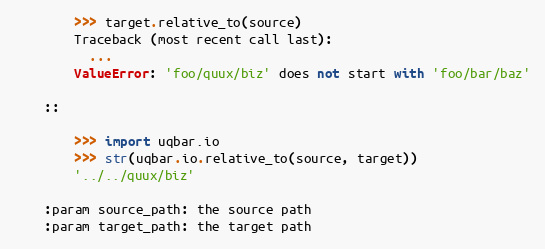
Language: Python
        >>> target.relative_to(source)
        Traceback (most recent call last):
          ...
        ValueError: 'foo/quux/biz' does not start with 'foo/bar/baz'

    ::

        >>> import uqbar.io
        >>> str(uqbar.io.relative_to(source, target))
        '../../quux/biz'

    :param source_path: the source path
    :param target_path: the target path